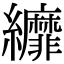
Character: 𦇺